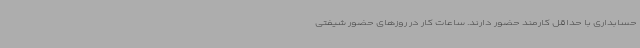
حسابداری با حداقل کارمند حضور دارند. ساعات کار در روزهای حضور شیفتی